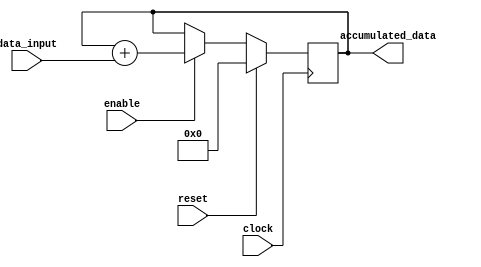
module accumulator (
    input wire clock,
    input wire reset,
    input wire [7:0] data_input,
    input wire enable,
    output reg [15:0] accumulated_data
);

always @ (posedge clock) begin
    if (reset) begin
        accumulated_data <= 16'b0;
    end else if (enable) begin
        accumulated_data <= accumulated_data + data_input;
    end
end

endmodule